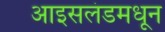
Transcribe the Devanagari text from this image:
आइसलंडमधून